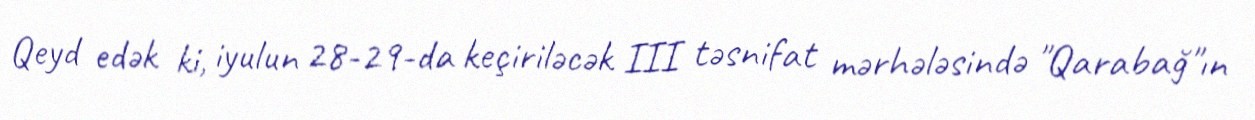
Qeyd edək ki, iyulun 28-29-da keçiriləcək III təsnifat mərhələsində "Qarabağ"ın